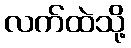
လက်ထဲသို့